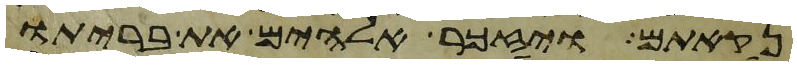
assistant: נקאתם ויזכר אלהים את בריתו